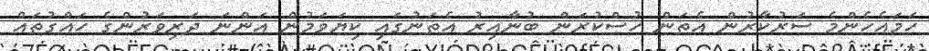
ހަމައެހެންމެ ސަރުކާރުން އެތަން ހުސްކުރަން ބުނާއިރު އެތަނުގައި ކިޔަވަމުން އަންނަ ދަރިވަރުންގެ ހައްގުތައް